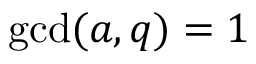
\operatorname* { g c d } ( a , q ) = 1